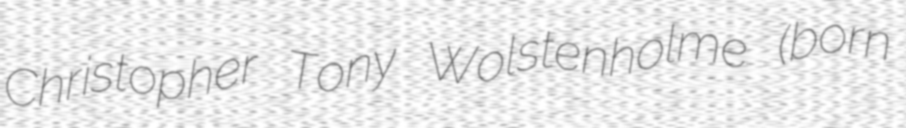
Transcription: Christopher Tony Wolstenholme (born